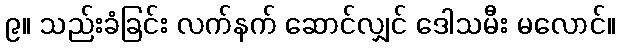
၉။ သည်းခံခြင်း လက်နက် ဆောင်လျှင် ဒေါသမီး မလောင်။